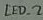
Text: LED_2